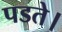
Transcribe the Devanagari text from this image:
पडते।